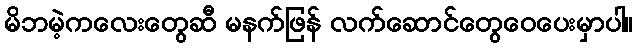
မိဘမဲ့ကလေးတွေဆီ မနက်ဖြန် လက်ဆောင်တွေဝေပေးမှာပါ။